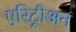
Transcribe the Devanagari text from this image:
एरिट्रीअन